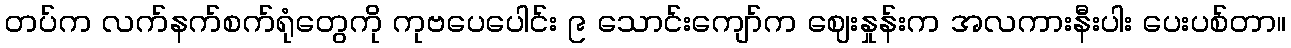
တပ်က လက်နက်စက်ရုံတွေကို ကုဗပေပေါင်း ၉ သောင်းကျော်က ဈေးနှုန်းက အလကားနီးပါး ပေးပစ်တာ။